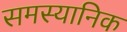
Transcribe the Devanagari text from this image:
समस्यानिक